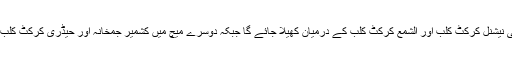
چمپئین شپ کا افتتاحی میں سٹی نیشنل کرکٹ کلب اور الشمع کرکٹ کلب کے درمیان کھیلا جائے گا جبکہ دوسرے میچ میں کشمیر جمخانہ اور حیڈری کرکٹ کلب بیلہ نور شاہ مدمقابل ہوں گے۔